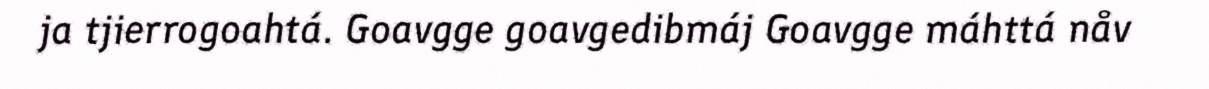
ja tjierrogoahtá. Goavgge goavgedibmáj Goavgge máhttá nåv